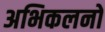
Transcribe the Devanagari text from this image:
अभिकलनों